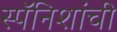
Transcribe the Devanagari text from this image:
स्पॅनिशांची